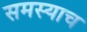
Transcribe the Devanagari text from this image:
समस्याच